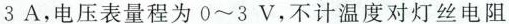
3A，电压表量程为0~3V，不计温度对灯丝电阻